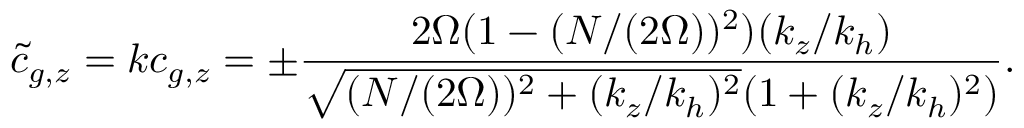
\tilde { c } _ { g , z } = k c _ { g , z } = \pm \frac { 2 \Omega ( 1 - ( N / ( 2 \Omega ) ) ^ { 2 } ) ( k _ { z } / k _ { h } ) } { \sqrt { ( N / ( 2 \Omega ) ) ^ { 2 } + ( k _ { z } / k _ { h } ) ^ { 2 } } ( 1 + ( k _ { z } / k _ { h } ) ^ { 2 } ) } .